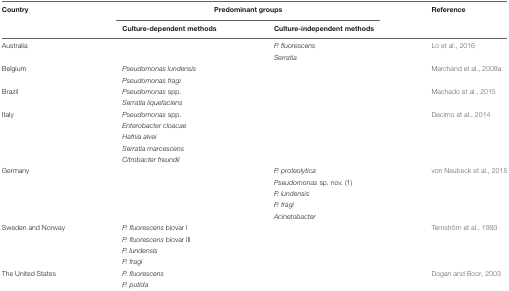
<table><thead><tr><td><b>Country</b></td><td colspan="2"><b>Predominant groups</b></td><td><b>Reference</b></td></tr><tr><td></td><td><b>Culture-dependent methods</b></td><td><b>Culture-independent methods</b></td><td></td></tr></thead><tbody><tr><td>Australia</td><td></td><td><i>P. fluorescens</i></td><td>Lo et al., 2016</td></tr><tr><td></td><td></td><td><i>Serratia</i></td><td></td></tr><tr><td>Belgium</td><td><i>Pseudomonas lundensis</i></td><td></td><td>Marchand et al., 2009a</td></tr><tr><td></td><td><i>Pseudomonas fragi</i></td><td></td><td></td></tr><tr><td>Brazil</td><td><i>Pseudomonas</i> spp.</td><td></td><td>Machado et al., 2015</td></tr><tr><td></td><td><i>Serratia liquefaciens</i></td><td></td><td></td></tr><tr><td>Italy</td><td><i>Pseudomonas</i> spp.</td><td></td><td>Decimo et al., 2014</td></tr><tr><td></td><td><i>Enterobacter cloacae</i></td><td></td><td></td></tr><tr><td></td><td><i>Hafnia alvei</i></td><td></td><td></td></tr><tr><td></td><td><i>Serratia marcescens</i></td><td></td><td></td></tr><tr><td></td><td><i>Citrobacter freundii</i></td><td></td><td></td></tr><tr><td>Germany</td><td></td><td><i>P. proteolytica</i></td><td>von Neubeck et al., 2015</td></tr><tr><td></td><td></td><td><i>Pseudomonas</i> sp. nov. (1)</td><td></td></tr><tr><td></td><td></td><td><i>P. lundensis</i></td><td></td></tr><tr><td></td><td></td><td><i>P. fragi</i></td><td></td></tr><tr><td></td><td></td><td><i>Acinetobacter</i></td><td></td></tr><tr><td>Sweden and Norway</td><td><i>P. fluorescens</i> biovar I</td><td></td><td>Ternström et al., 1993</td></tr><tr><td></td><td><i>P. fluorescens</i> biovar III</td><td></td><td></td></tr><tr><td></td><td><i>P. lundensis</i></td><td></td><td></td></tr><tr><td></td><td><i>P. fragi</i></td><td></td><td></td></tr><tr><td>The United States</td><td><i>P. fluorescens</i></td><td></td><td>Dogan and Boor, 2003</td></tr><tr><td></td><td><i>P. putida</i></td><td></td><td></td></tr></tbody></table>